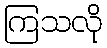
ကြသလို